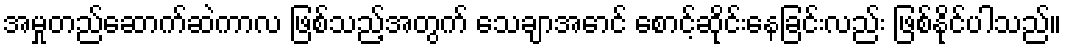
အမှုတည်ဆောက်ဆဲကာလ ဖြစ်သည့်အတွက် သေချာအောင် စောင့်ဆိုင်းနေခြင်းလည်း ဖြစ်နိုင်ပါသည်။